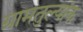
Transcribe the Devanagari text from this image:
ग्रामतुल्यांक